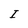
Character: I